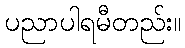
ပညာပါရမီတည်း။